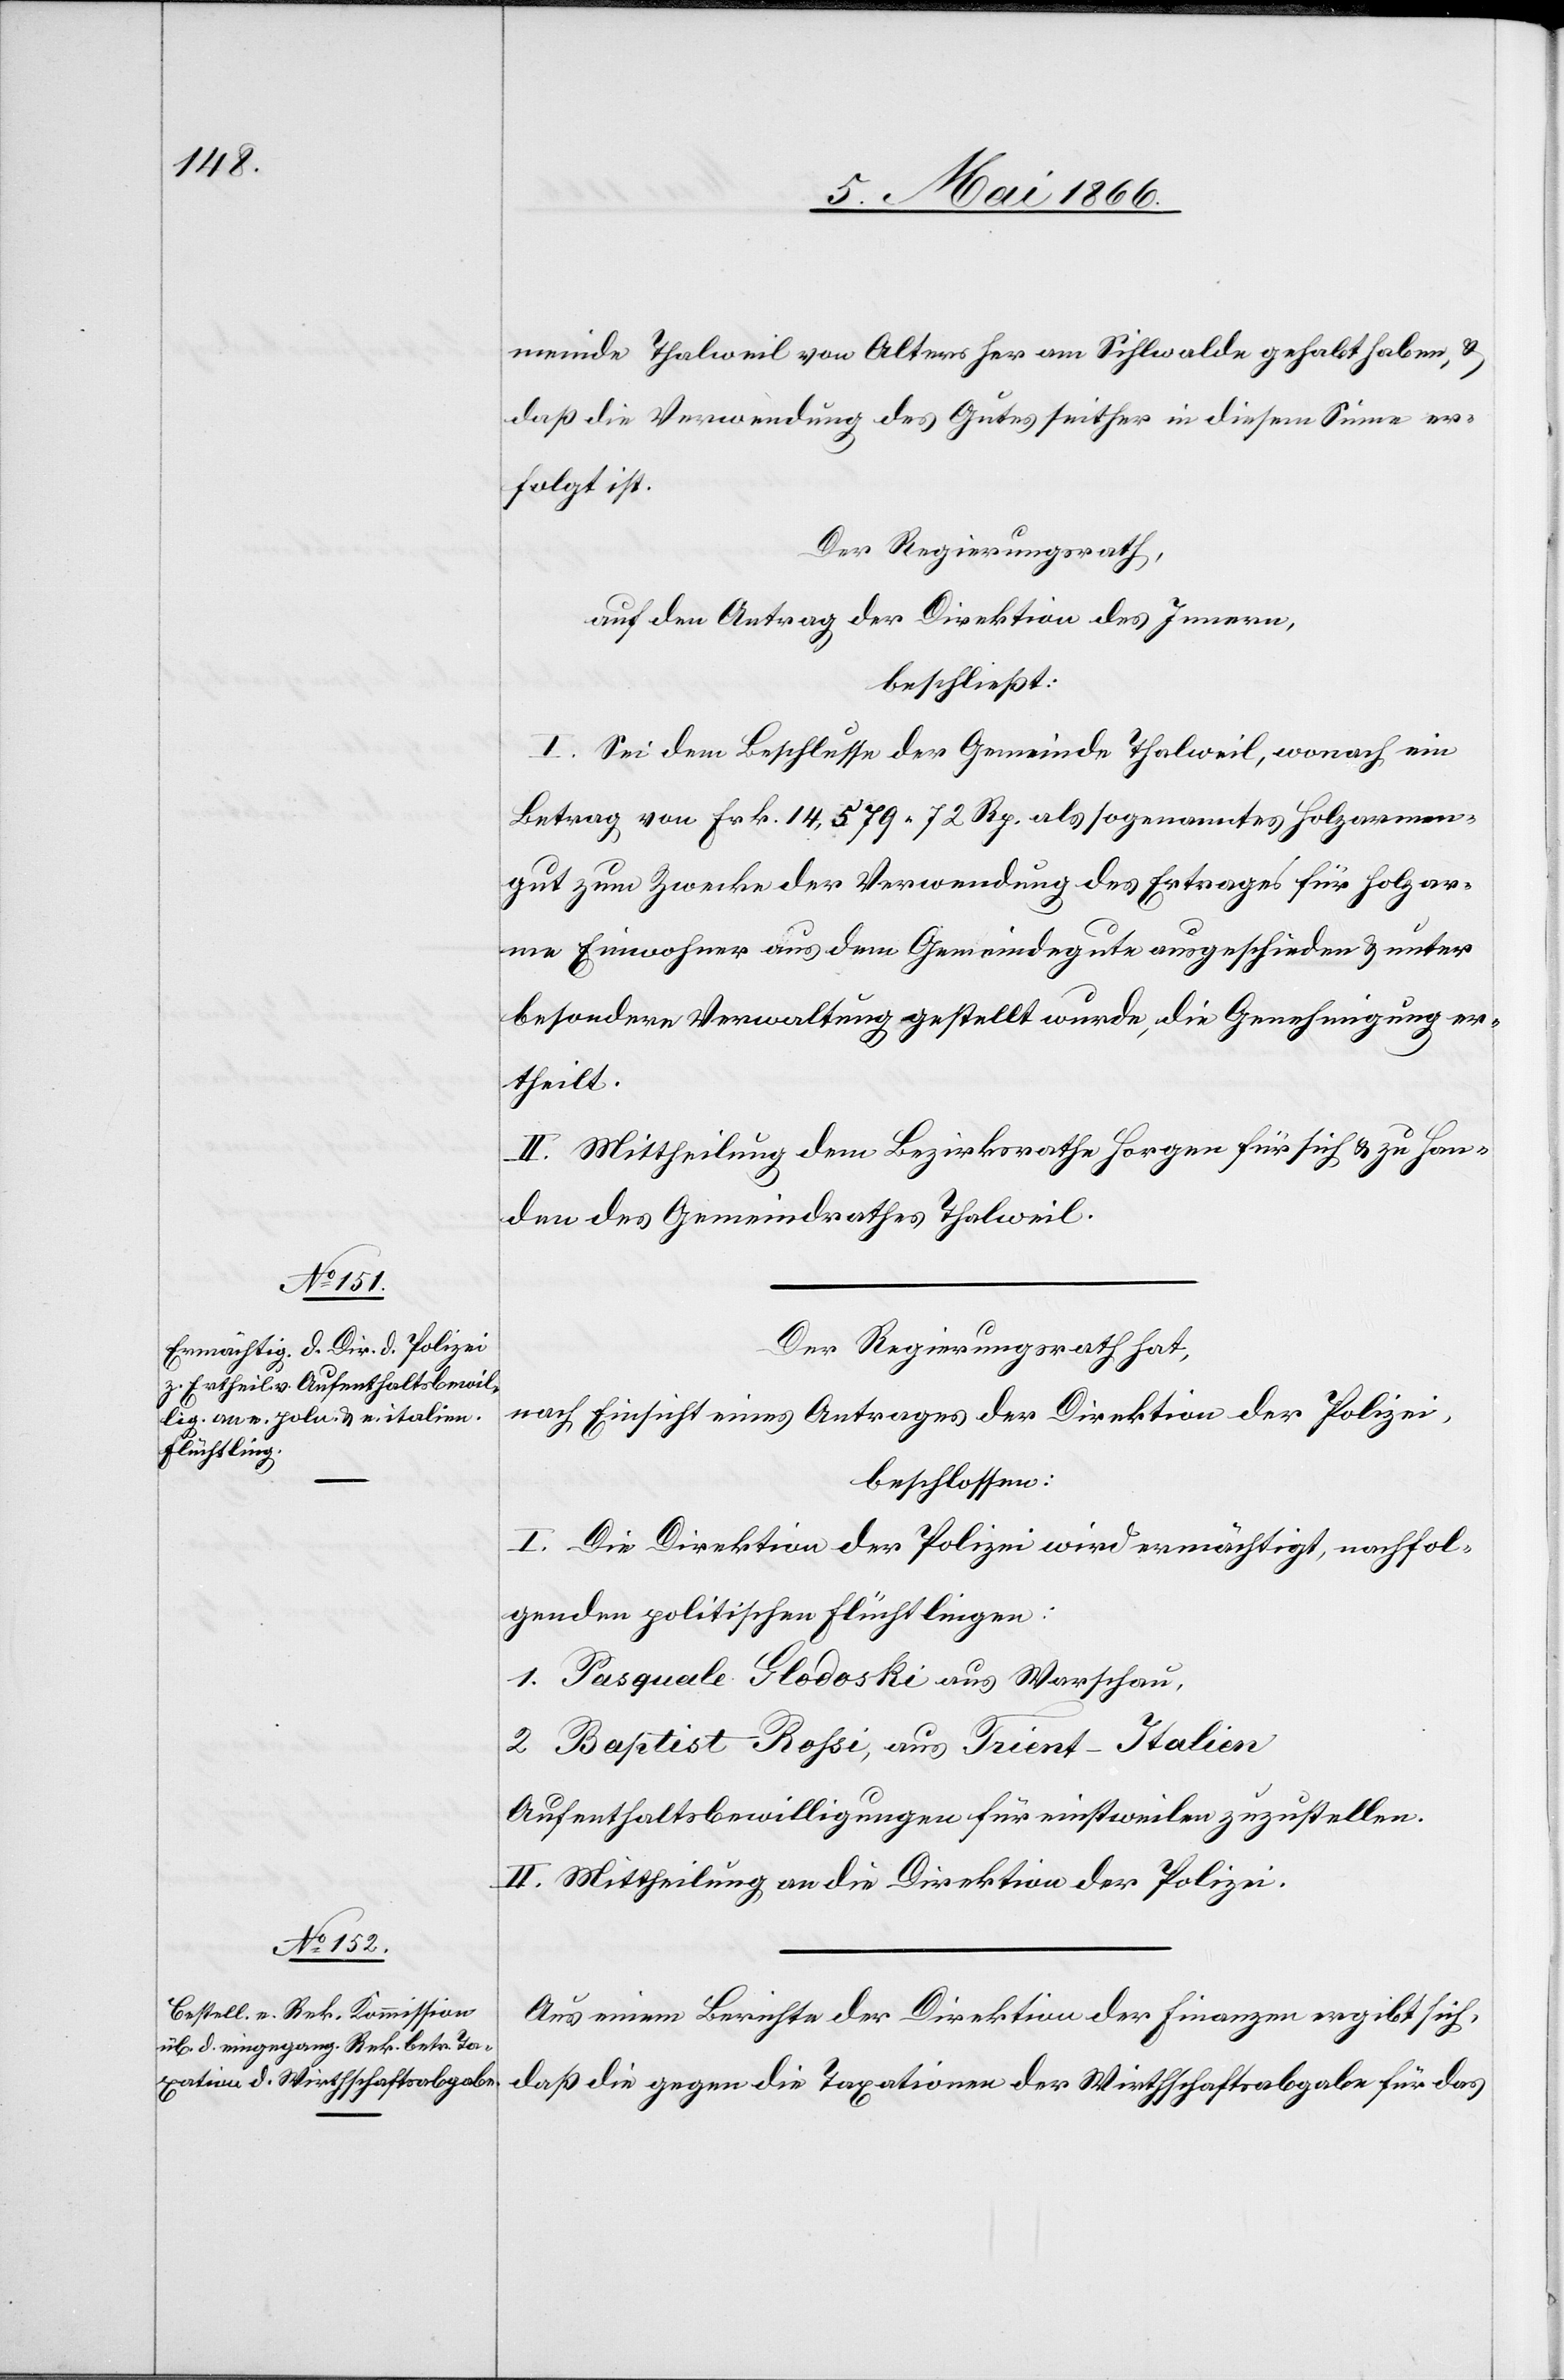
meinde Thalweil von Alter her am Sihlwalde gehabt haben, u.
daß die Verwendung des Gutes seither in diesem Sinne er¬
folgt ist.
Der Regierungsrath,
auf den Antrag der Direktion des Innern,
beschließt:
I. Sei dem Beschlusse der Gemeinde Thalweil, wonach ein
Betrag von Frk. 14 579.72 Rp. als sogenanntes Holzarmen¬
gut zum Zwecke der Verwendung des Ertrages für holzar¬
me Einwohner aus dem Gemeindegute ausgeschieden u. unter
besondere Verwaltung gestellt wurde, die Genehmigung er¬
theilt.
II. Mittheilung dem Bezirksrathe Horgen für sich u. zu Han¬
den des Gemeindrathes Thalweil.
Der Regierungsrath hat,
nach Einsicht eines Antrages der Direktion der Polizei,
beschlossen:
I. Die Direktion der Polizei wird ermächtigt, nachfol¬
genden politischen Flüchtlingen:
1. Pasquale Glodoski aus Warschau,
2. Baptist Rossi, aus Trient-Italien
Aufenthaltsbewilligungen für einstweilen zuzustellen.
II. Mittheilung an die Direktion der Polizei.
Aus einem Berichte der Direktion der Finanzen ergibt sich,
daß die gegen die Taxationen der Wirthschaftsabgabe für das